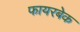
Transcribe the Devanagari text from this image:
फायरबेक